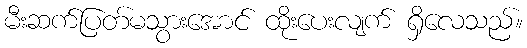
မီးဆက်ပြတ်မသွားအောင် ထိုးပေးလျက် ရှိလေသည်။